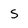
Character: 5